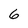
Character: 6